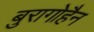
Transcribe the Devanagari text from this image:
बुरागोहैन